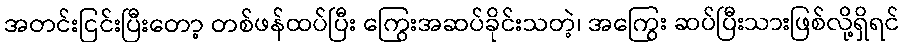
အတင်းငြင်းပြီးတော့ တစ်ဖန်ထပ်ပြီး ကြွေးအဆပ်ခိုင်းသတဲ့၊ အကြွေး ဆပ်ပြီးသားဖြစ်လို့ရှိရင်